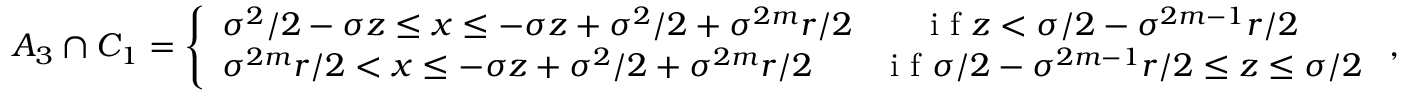
\begin{array} { r } { A _ { 3 } \cap C _ { 1 } = \left\{ \begin{array} { l l } { \sigma ^ { 2 } / 2 - \sigma z \leq x \leq - \sigma z + \sigma ^ { 2 } / 2 + \sigma ^ { 2 m } r / 2 \qquad \textrm { i f } z < \sigma / 2 - \sigma ^ { 2 m - 1 } r / 2 } \\ { \sigma ^ { 2 m } r / 2 < x \leq - \sigma z + \sigma ^ { 2 } / 2 + \sigma ^ { 2 m } r / 2 \qquad \textrm { i f } \sigma / 2 - \sigma ^ { 2 m - 1 } r / 2 \leq z \leq \sigma / 2 } \end{array} \right. , } \end{array}